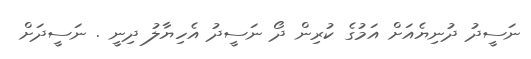
ނަސީދު ދުނިޔެއަށް އަމުގެ ކުރިން ދޯ ނަސީދު އެހިޔާލު ދިނީ . ނަސީދަށް